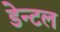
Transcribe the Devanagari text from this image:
डेन्टल